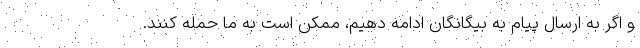
و اگر به ارسال پیام به بیگانگان ادامه دهیم، ممکن است به ما حمله کنند.